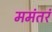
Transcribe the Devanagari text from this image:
ममंतरं